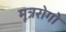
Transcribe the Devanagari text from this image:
मूत्ररोगो